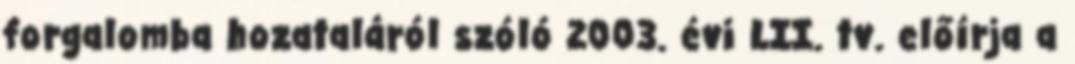
forgalomba hozataláról szóló 2003. évi LII. tv. előírja a